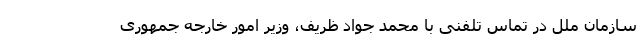
سازمان ملل در تماس تلفنی با محمد جواد ظریف، وزیر امور خارجه جمهوری